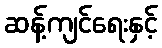
ဆန့်ကျင်ရေးနှင့်